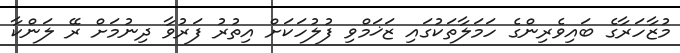
މުޒާހަރާގެ ބައިވެރިންގެ ހަމަލާތަކުގައި ޒަޚަމްވި ފުލުހަކަށް އިތުރު ފަރުވާ ދިނުމަށް ރޭ ލަންކާ